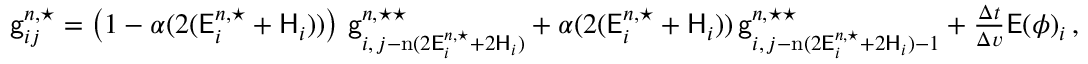
\begin{array} { r } { \mathsf { g } _ { i j } ^ { n , \star } = \left( 1 - \alpha ( 2 ( \mathsf { E } _ { i } ^ { n , \star } + \mathsf { H } _ { i } ) ) \right) \, \mathsf { g } _ { i , \, j - \mathrm { n } ( 2 \mathsf { E } _ { i } ^ { n , \star } + 2 \mathsf { H } _ { i } ) } ^ { n , \star \star } + \alpha ( 2 ( \mathsf { E } _ { i } ^ { n , \star } + \mathsf { H } _ { i } ) ) \, \mathsf { g } _ { i , \, j - \mathrm { n } ( 2 \mathsf { E } _ { i } ^ { n , \star } + 2 \mathsf { H } _ { i } ) - 1 } ^ { n , \star \star } + \frac { \Delta t } { \Delta v } \mathsf { E } ( \phi ) _ { i } \, , } \end{array}